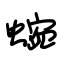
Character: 蜿